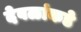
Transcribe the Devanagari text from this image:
देवळांकडे